Vaccination in the Punjab 1919-1929 - 1919-1929
Year: 1919
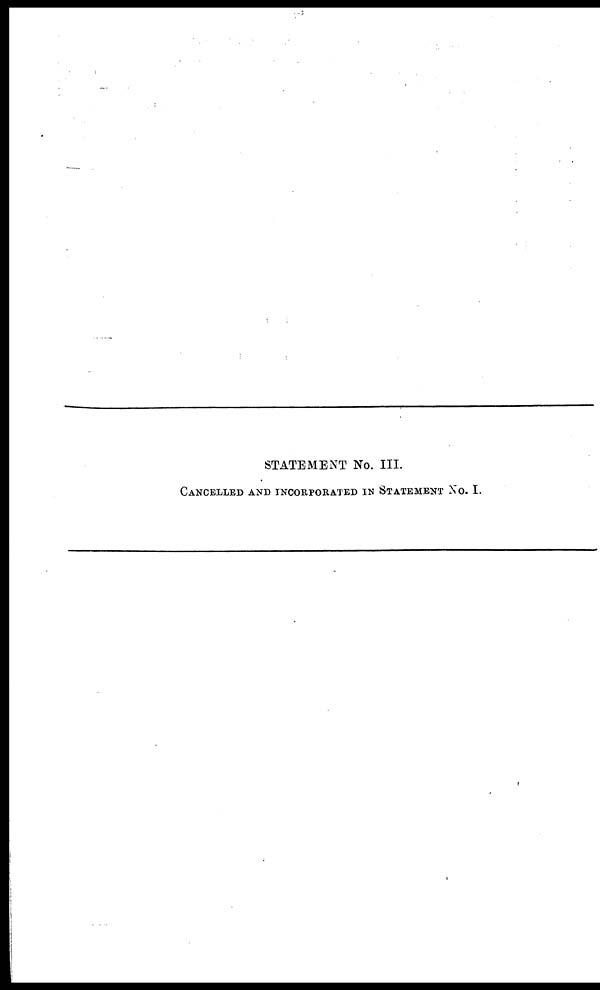
STATEMENT No. III.
CANCELLED AND INCORPORATED IN STATEMENT No. I.